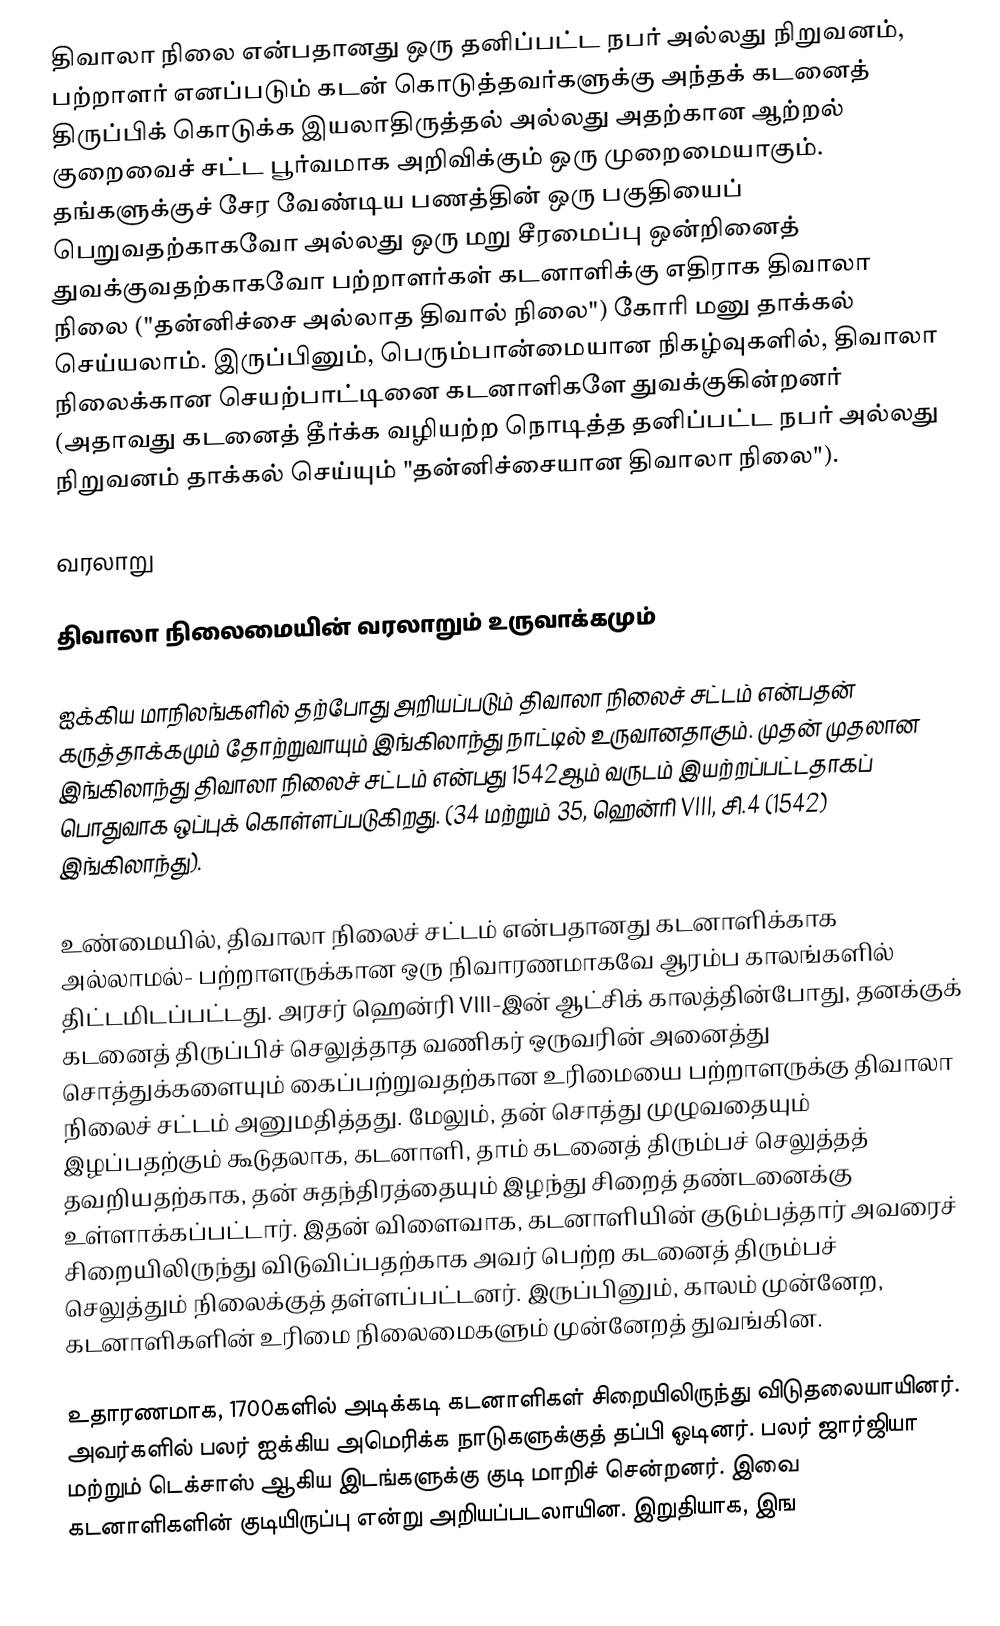
திவாலா  நிலை  என்பதானது ஒரு தனிப்பட்ட நபர் அல்லது நிறுவனம், பற்றாளர் எனப்படும் கடன் கொடுத்தவர்களுக்கு அந்தக் கடனைத் திருப்பிக் கொடுக்க இயலாதிருத்தல் அல்லது அதற்கான ஆற்றல் குறைவைச் சட்ட பூர்வமாக அறிவிக்கும் ஒரு முறைமையாகும்.  தங்களுக்குச் சேர வேண்டிய பணத்தின் ஒரு பகுதியைப் பெறுவதற்காகவோ அல்லது ஒரு மறு சீரமைப்பு ஒன்றினைத் துவக்குவதற்காகவோ பற்றாளர்கள் கடனாளிக்கு எதிராக திவாலா  நிலை ("தன்னிச்சை அல்லாத திவால் நிலை") கோரி மனு தாக்கல் செய்யலாம். இருப்பினும், பெரும்பான்மையான நிகழ்வுகளில், திவாலா  நிலைக்கான செயற்பாட்டினை கடனாளிகளே துவக்குகின்றனர் (அதாவது கடனைத் தீர்க்க வழியற்ற நொடித்த தனிப்பட்ட நபர் அல்லது நிறுவனம் தாக்கல் செய்யும் "தன்னிச்சையான திவாலா  நிலை").

வரலாறு

திவாலா நிலைமையின் வரலாறும் உருவாக்கமும்

ஐக்கிய மாநிலங்களில் தற்போது அறியப்படும் திவாலா  நிலைச் சட்டம் என்பதன் கருத்தாக்கமும் தோற்றுவாயும் இங்கிலாந்து நாட்டில் உருவானதாகும். முதன் முதலான இங்கிலாந்து திவாலா  நிலைச் சட்டம் என்பது 1542ஆம் வருடம் இயற்றப்பட்டதாகப் பொதுவாக ஒப்புக் கொள்ளப்படுகிறது. (34 மற்றும் 35, ஹென்ரி VIII, சி.4 (1542) இங்கிலாந்து).

உண்மையில், திவாலா  நிலைச் சட்டம் என்பதானது கடனாளிக்காக அல்லாமல்- பற்றாளருக்கான ஒரு நிவாரணமாகவே ஆரம்ப காலங்களில் திட்டமிடப்பட்டது. அரசர் ஹென்ரி VIII-இன் ஆட்சிக் காலத்தின்போது, தனக்குக் கடனைத் திருப்பிச் செலுத்தாத வணிகர் ஒருவரின் அனைத்து சொத்துக்களையும் கைப்பற்றுவதற்கான உரிமையை பற்றாளருக்கு திவாலா நிலைச் சட்டம் அனுமதித்தது. மேலும், தன் சொத்து முழுவதையும் இழப்பதற்கும் கூடுதலாக, கடனாளி, தாம் கடனைத் திரும்பச் செலுத்தத் தவறியதற்காக, தன் சுதந்திரத்தையும் இழந்து சிறைத் தண்டனைக்கு உள்ளாக்கப்பட்டார். இதன் விளைவாக, கடனாளியின் குடும்பத்தார் அவரைச் சிறையிலிருந்து விடுவிப்பதற்காக அவர் பெற்ற கடனைத் திரும்பச் செலுத்தும் நிலைக்குத் தள்ளப்பட்டனர்.  இருப்பினும், காலம் முன்னேற, கடனாளிகளின் உரிமை நிலைமைகளும் முன்னேறத் துவங்கின.

உதாரணமாக, 1700களில் அடிக்கடி கடனாளிகள் சிறையிலிருந்து விடுதலையாயினர். அவர்களில் பலர் ஐக்கிய அமெரிக்க நாடுகளுக்குத் தப்பி ஓடினர்.  பலர் ஜார்ஜியா மற்றும் டெக்சாஸ் ஆகிய இடங்களுக்கு குடி மாறிச் சென்றனர். இவை கடனாளிகளின் குடியிருப்பு என்று அறியப்படலாயின. இறுதியாக, இங